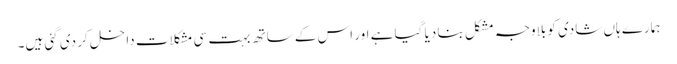
ہمارے ہاں شادی کو بلاوجہ مشکل بنا دیا گیا ہے اور اس کے ساتھ بہت سی مشکلات داخل کر دی گئی ہیں۔